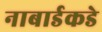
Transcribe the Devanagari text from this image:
नाबार्डकडे